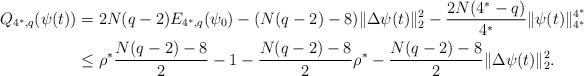
LaTeX: \begin{align*}Q_{4^*,q}(\psi(t))&=2N(q-2)E_{4^*,q}(\psi_{0})-(N(q-2)-8)\|\Delta \psi(t)\|_{2}^{2}-\frac{2N(4^*-q)}{4^*}\|\psi(t)\|_{4^*}^{4^*}\\&\leq\rho^*\frac{N(q-2)-8}{2}-1-\frac{N(q-2)-8}{2}\rho^*-\frac{N(q-2)-8}{2}\|\Delta \psi(t)\|_{2}^{2}.\\\end{align*}